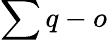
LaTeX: \sum q-o